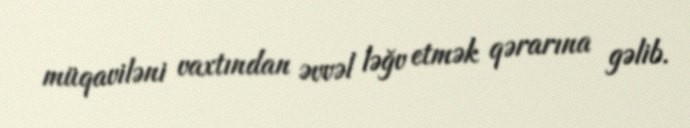
müqaviləni vaxtından əvvəl ləğv etmək qərarına gəlib.